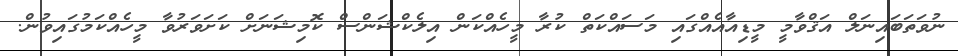
ނުވަތަބައިނަލް އަޤްވާމީ މީޑިއާއެއްގައި މަސައްކަތް ކުރާ މީހެއްކަން އިލެކްޝަންސް ކޮމިޝަނަށް ކަށަވަރުވާ މީހެއްކަމުގައިވުން.